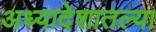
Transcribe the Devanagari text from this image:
अध्यादेशातल्या